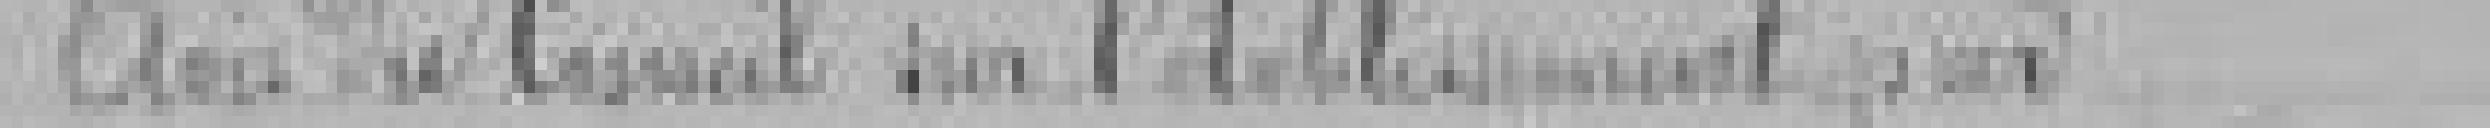
Avis du Conseil sur l'établissement par